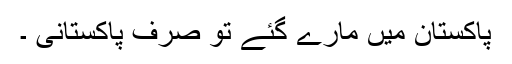
پاکستان میں مارے گئے تو صرف پاکستانی ۔